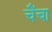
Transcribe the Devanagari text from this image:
चैंचा